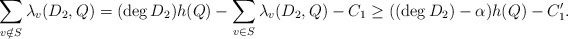
\begin{align*}\sum_{v\notin S} \lambda_v(D_2, Q) = (\deg D_2) h(Q) - \sum_{v\in S} \lambda_v(D_2,Q) - C_1 \ge ((\deg D_2) - \alpha)h(Q) - C_1'.\end{align*}